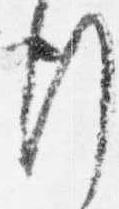
行